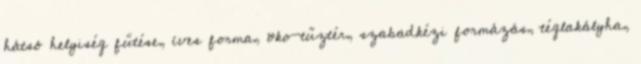
hátsó helyiség fűtése, íves forma, öko-tűztér, szabadkézi formázás, téglakályha,